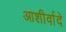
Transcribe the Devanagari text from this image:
आशीर्वादे